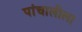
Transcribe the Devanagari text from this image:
पांचालीला